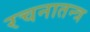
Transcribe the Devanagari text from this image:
रचनातन्त्र